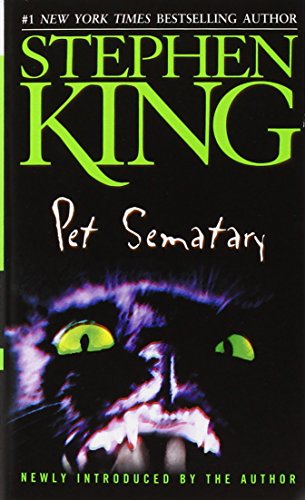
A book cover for Pet Sematary; Stephen King; Literature & Fiction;